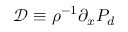
\mathcal { D } \equiv \rho ^ { - 1 } \partial _ { x } P _ { d }